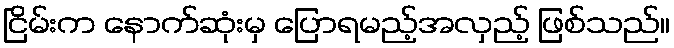
ငြိမ်းက နောက်ဆုံးမှ ပြောရမည့်အလှည့် ဖြစ်သည်။